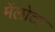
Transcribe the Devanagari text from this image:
मेंलोटा